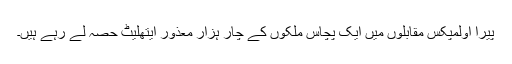
پیرا اولمپکس مقابلوں میں ایک پچاس ملکوں کے چار ہزار معذور ایتھلیٹ حصہ لے رہے ہیں۔